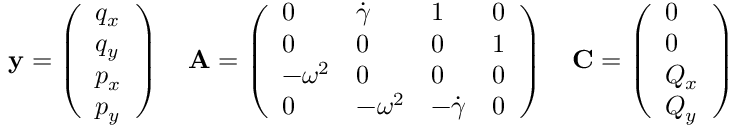
\mathbf { { y } } = \left( \begin{array} { l } { q _ { x } } \\ { q _ { y } } \\ { p _ { x } } \\ { p _ { y } } \end{array} \right) \quad \mathbf { { A } } = \left( \begin{array} { l l l l } { 0 } & { \dot { \gamma } } & { 1 } & { 0 } \\ { 0 } & { 0 } & { 0 } & { 1 } \\ { - \omega ^ { 2 } } & { 0 } & { 0 } & { 0 } \\ { 0 } & { - \omega ^ { 2 } } & { - \dot { \gamma } } & { 0 } \end{array} \right) \quad \mathbf { { C } } = \left( \begin{array} { l } { 0 } \\ { 0 } \\ { Q _ { x } } \\ { Q _ { y } } \end{array} \right)